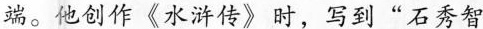
端。他创作《水浒传》时，写到”石秀智